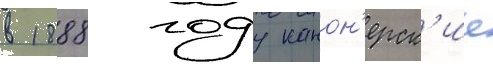
в 1888 году канон'ерск'ие